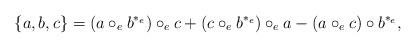
LaTeX: \begin{align*} \{ a,b,c\} =(a \circ_{e} b^{*_e}) \circ_{e} c +(c \circ_{e} b^{*_e}) \circ_e a - (a \circ_e c) \circ b^{*_e},\end{align*}